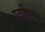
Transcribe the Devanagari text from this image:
एटकिंग्सन